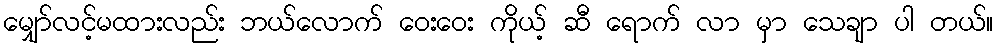
မျှော်လင့်မထားလည်း ဘယ်လောက် ဝေးဝေး ကိုယ့် ဆီ ရောက် လာ မှာ သေချာ ပါ တယ်။